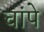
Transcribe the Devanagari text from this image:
चांपे